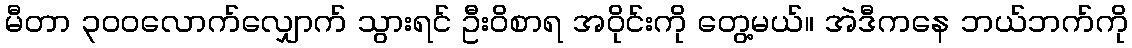
မီတာ ၃၀၀လောက်လျှောက် သွားရင် ဦးဝိစာရ အဝိုင်းကို တွေ့မယ်။ အဲဒီကနေ ဘယ်ဘက်ကို